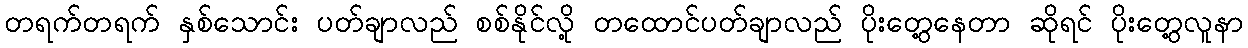
တရက်တရက် နှစ်သောင်း ပတ်ချာလည် စစ်နိုင်လို့ တထောင်ပတ်ချာလည် ပိုးတွေ့နေတာ ဆိုရင် ပိုးတွေ့လူနာ